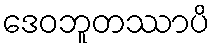
ဒေဝဘူတဿာပိ